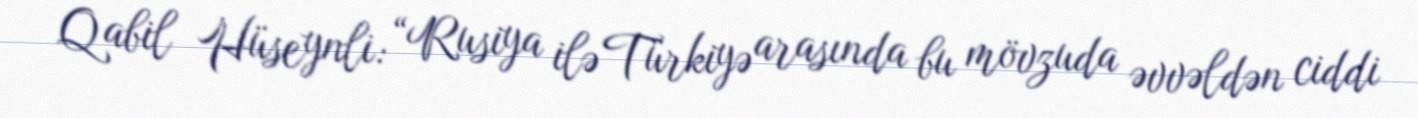
Qabil Hüseynli: “Rusiya ilə Türkiyə arasında bu mövzuda əvvəldən ciddi